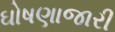
ઘોષણાજારી